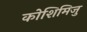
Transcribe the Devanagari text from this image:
कोशिमिजु